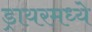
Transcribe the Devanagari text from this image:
ड्रायरमध्ये